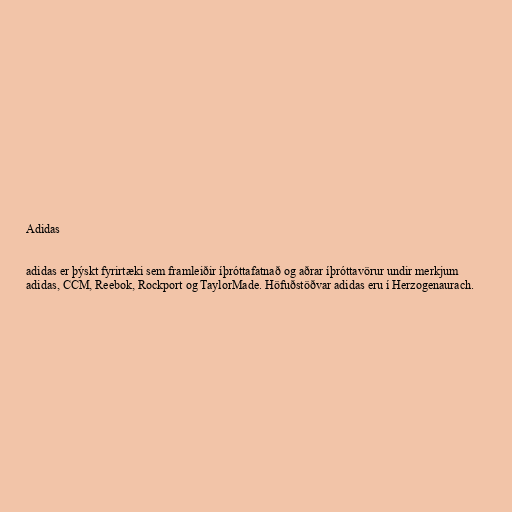
Adidas

adidas er þýskt fyrirtæki sem framleiðir íþróttafatnað og aðrar íþróttavörur undir merkjum
adidas, CCM, Reebok, Rockport og TaylorMade. Höfuðstöðvar adidas eru í Herzogenaurach.